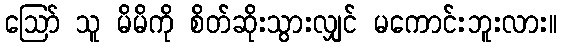
ဪ သူ မိမိကို စိတ်ဆိုးသွားလျှင် မကောင်းဘူးလား။